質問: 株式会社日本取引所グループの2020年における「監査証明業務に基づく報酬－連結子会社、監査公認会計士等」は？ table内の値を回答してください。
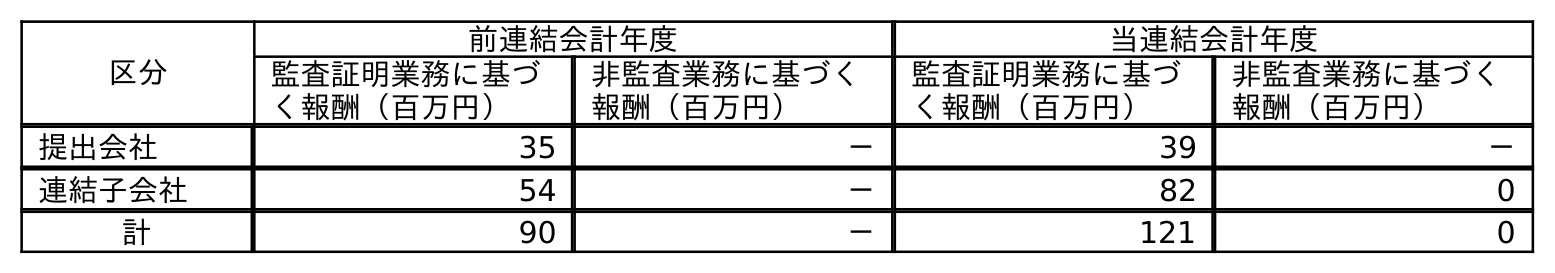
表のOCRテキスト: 区分 前連結会計年度 当連結会計年度 監査証明業務に基づ く報酬（百万円） 非監査業務に基づく 報酬（百万円） 監査証明業務に基づ く報酬（百万円） 非監査業務に基づく 報酬（百万円） 提出会社 35 － 39 － 連結子会社 54 － 82 0 計 90 － 121 0
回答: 82